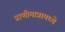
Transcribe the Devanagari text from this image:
प्राणीमात्रामध्ये